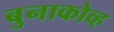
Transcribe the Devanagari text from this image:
बुनाकोव्ह